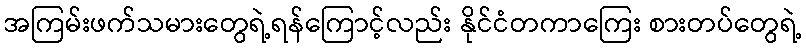
အကြမ်းဖက်သမားတွေရဲ့ရန်ကြောင့်လည်း နိုင်ငံတကာကြေး စားတပ်တွေရဲ့